Civil Veterinary Dept. Assam report 1927-50 - 1927-1950
Year: 1927
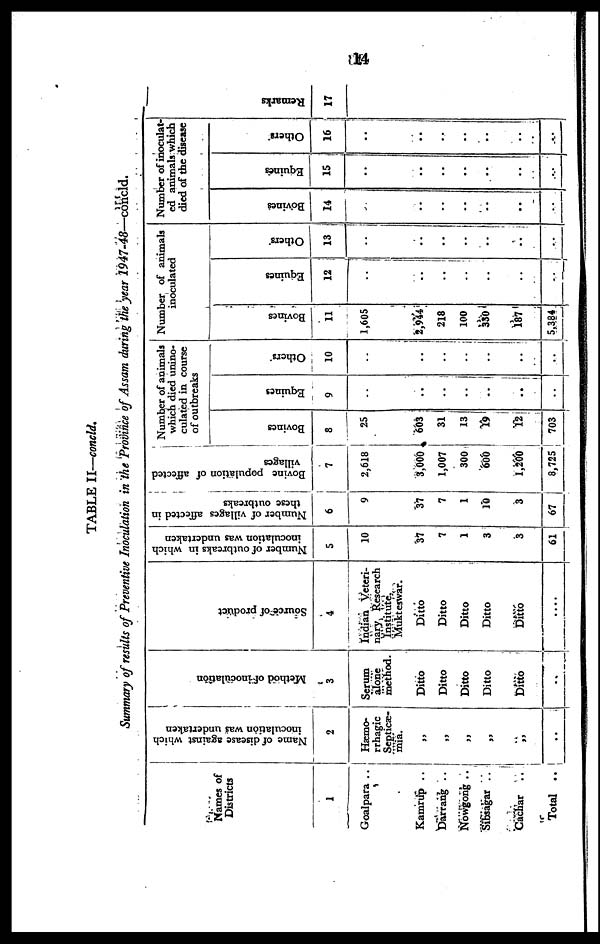
14
TABLE II—concld.
Summary of results of Preventive Inoculation in the Province of Assam during the year 1947-48—concld.
Names of
Districts
1
Goalpara ..
Kamrup ..
Darrang ..
NoWgong ..
Sibsagar ..
Cacnar ..
Total ..
Name of disease against which
inoculation was undertaken
2
Hæmo-
rrhagic
Septicæ-
mia.
„
„
„
„
„
..
Method of inoculation
3
Serum
alone
method.
Ditto
Ditto
Ditto
Ditto
Ditto
..
Source of product
4
Indian Veteri-
nary Research
Institute.
Mukteswar.
Ditto
Ditto
Ditto
Ditto
Ditto
....
Number of outbreaks in which
inoculation was undertaken
5
10
37
7
1
3
3
61
Number of villages affected in
these outbreaks
6
9
37
7
1
10
3
67
Bovine population of affected
villages
7
2,618
3,000
1,007
300
600
1,200
8,725
Number of animals
which died unino-
culated in course
of outbreaks
Bovines
8
25
603
31
13
19
12;
703
Equines
9
„
..
..
„ .
..
„
..
Others
10
„
..
..
„
..
..
Number of animals
inoculated
Bovines
11
1,605
2,944
218
100
330
187
5,384
Equines
12
..
..
..
..
..
..
..
Others
13
..
..
..
..
..
..
..
Number of inoculat-
ed animals which
died of the disease
Bovines
14
..
..
..
..
..
..
..
Equines
15
..
..
..
..
..
..
..
Others
16
..
..
..
..
..
..
..
Remarks
17